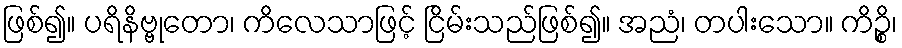
ဖြစ်၍။ ပရိနိဗ္ဗုတော၊ ကိလေသာဖြင့် ငြိမ်းသည်ဖြစ်၍။ အညံ၊ တပါးသော။ ကိဉ္စိ၊